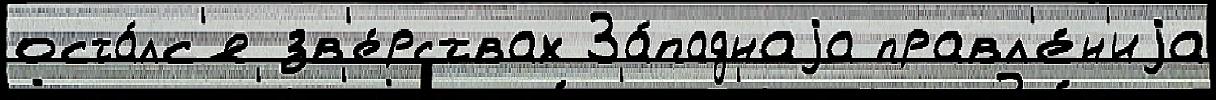
оста́лс'я зв'е́рствах За́паднаjа правл'е́н'иjа